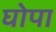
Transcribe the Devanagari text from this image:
घोपा